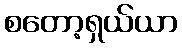
စတော့ရှယ်ယာ